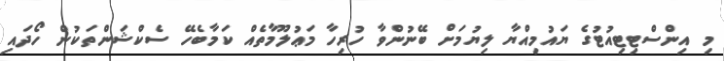
މި އިންސްޓިޓިއުޓުގެ ޔައުމިއްޔާ ލިޔުމަށް ބޭނުންވާ ހުރިހާ މަޢުލޫމާތެއް ކަމާބެހޭ ސެކްޝަންތަކުން ހޯދައި